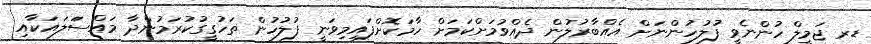
ޑރ ޖަމީލް ހުންނެވީ ފުލުހުންނަށް އެއްބާރުލުން ދެއްވުމަށްކަމަށް ހާމަކޮށްފައިމިވަނީ ފުލުހުން ތަހުގީގުކުރަމުންދާ މައްސަަލައަކާއި